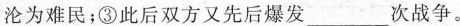
沦为难民；③此后双方又先后爆发\underline次战争。